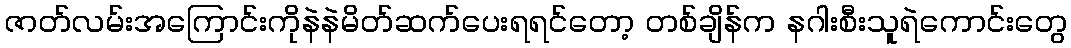
ဇာတ်လမ်းအကြောင်းကိုနဲနဲမိတ်ဆက်ပေးရရင်တော့ တစ်ချိန်က နဂါးစီးသူရဲကောင်းတွေ